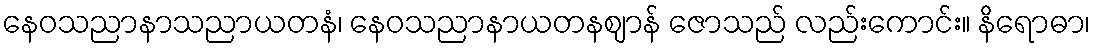
နေဝသညာနာသညာယတနံ၊ နေဝသညာနာယတနဈာန် ဇောသည် လည်းကောင်း။ နိရောဓာ၊